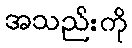
အသည်းကို